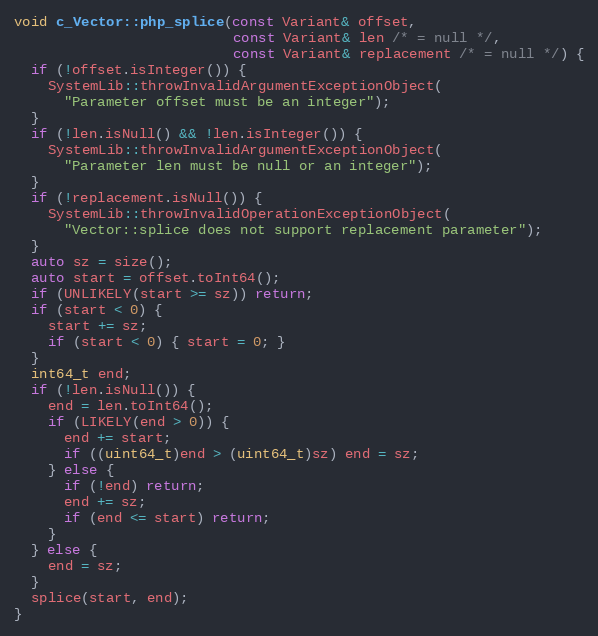
Language: C++
void c_Vector::php_splice(const Variant& offset,
                          const Variant& len /* = null */,
                          const Variant& replacement /* = null */) {
  if (!offset.isInteger()) {
    SystemLib::throwInvalidArgumentExceptionObject(
      "Parameter offset must be an integer");
  }
  if (!len.isNull() && !len.isInteger()) {
    SystemLib::throwInvalidArgumentExceptionObject(
      "Parameter len must be null or an integer");
  }
  if (!replacement.isNull()) {
    SystemLib::throwInvalidOperationExceptionObject(
      "Vector::splice does not support replacement parameter");
  }
  auto sz = size();
  auto start = offset.toInt64();
  if (UNLIKELY(start >= sz)) return;
  if (start < 0) {
    start += sz;
    if (start < 0) { start = 0; }
  }
  int64_t end;
  if (!len.isNull()) {
    end = len.toInt64();
    if (LIKELY(end > 0)) {
      end += start;
      if ((uint64_t)end > (uint64_t)sz) end = sz;
    } else {
      if (!end) return;
      end += sz;
      if (end <= start) return;
    }
  } else {
    end = sz;
  }
  splice(start, end);
}